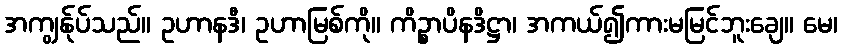
အကျွန်ုပ်သည်။ ဥဟာနဒီ၊ ဥဟာမြစ်ကို။ ကိဉ္စာပိနဒိဋ္ဌာ၊ အကယ်၍ကားမမြင်ဘူးချေ။ မေ၊